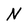
Character: N